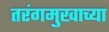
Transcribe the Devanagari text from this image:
तरंगमुखाच्या